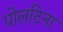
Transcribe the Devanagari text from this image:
पोलटिना